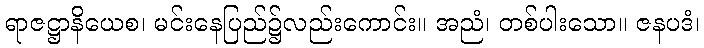
ရာဇဋ္ဌာနိယေစ၊ မင်းနေပြည်၌လည်းကောင်း။ အညံ၊ တစ်ပါးသော။ ဇနပဒံ၊